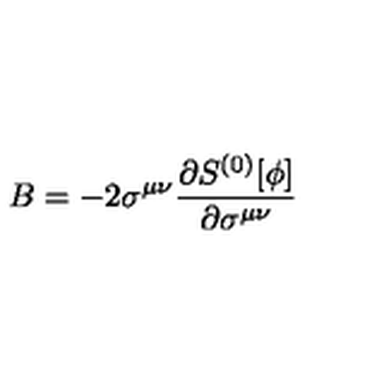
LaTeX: B = - 2 \sigma ^ { \mu \nu } { \frac { \partial S ^ { ( 0 ) } [ \phi ] } { \partial \sigma ^ { \mu \nu } } }